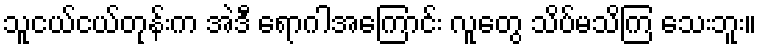
သူငယ်ငယ်တုန်းက အဲဒီ ရောဂါအကြောင်း လူတွေ သိပ်မသိကြ သေးဘူး။